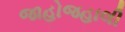
જાહોજહાલી